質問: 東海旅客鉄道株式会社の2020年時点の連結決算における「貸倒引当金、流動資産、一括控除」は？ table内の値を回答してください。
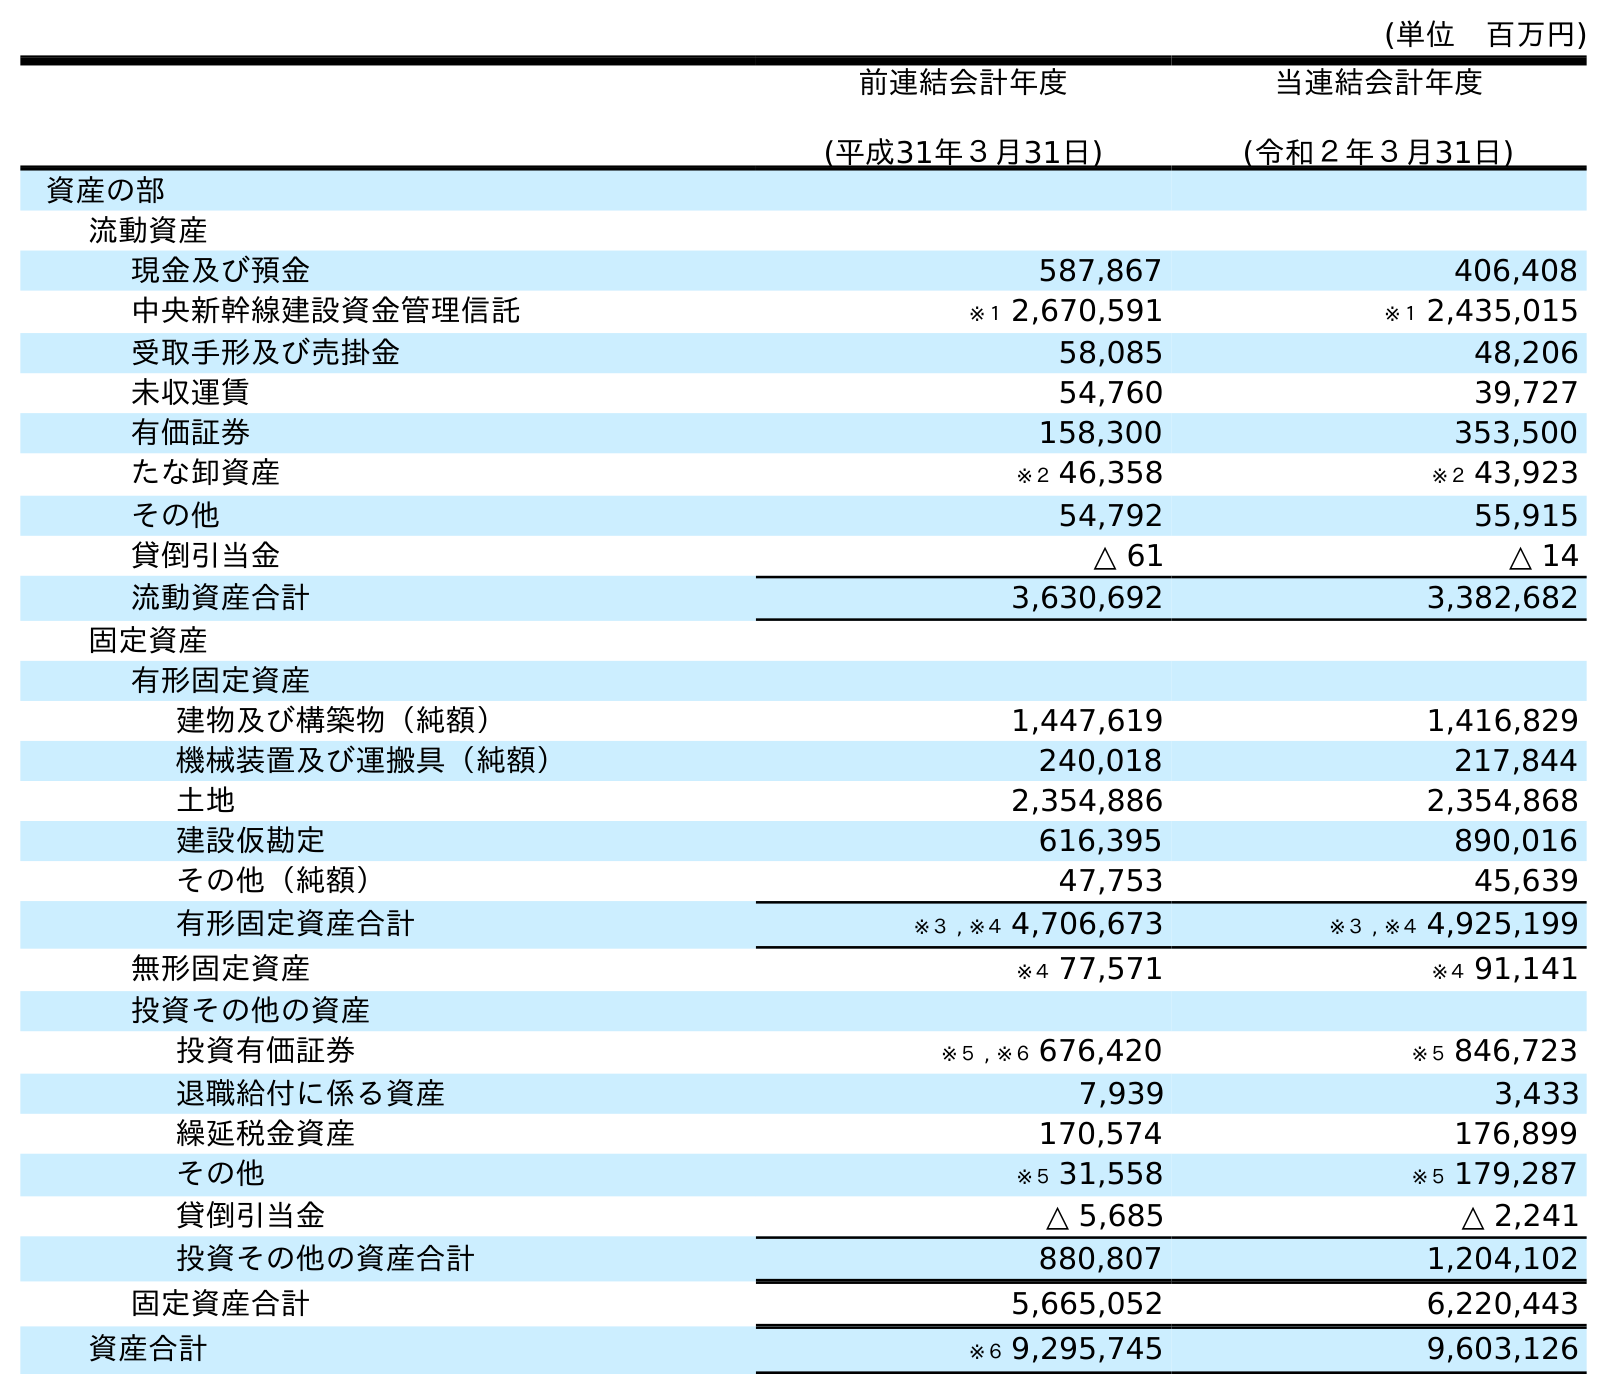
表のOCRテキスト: (単位 百万円) 前連結会計年度 (平成31年３月31日) 当連結会計年度 (令和２年３月31日) 資産の部 流動資産 現金及び預金 587,867 406,408 中央新幹線建設資金管理信託 ※１ 2,670,591 ※１ 2,435,015 受取手形及び売掛金 58,085 48,206 未収運賃 54,760 39,727 有価証券 158,300 353,500 たな卸資産 ※２ 46,358 ※２ 43,923 その他 54,792 55,915 貸倒引当金 △ 61 △ 14 流動資産合計 3,630,692 3,382,682 固定資産 有形固定資産 建物及び構築物（純額） 1,447,619 1,416,829 機械装置及び運搬具（純額） 240,018 217,844 土地 2,354,886 2,354,868 建設仮勘定 616,395 890,016 その他（純額） 47,753 45,639 有形固定資産合計 ※３ , ※４ 4,706,673 ※３ , ※４ 4,925,199 無形固定資産 ※４ 77,571 ※４ 91,141 投資その他の資産 投資有価証券 ※５ , ※６ 676,420 ※５ 846,723 退職給付に係る資産 7,939 3,433 繰延税金資産 170,574 176,899 その他 ※５ 31,558 ※５ 179,287 貸倒引当金 △ 5,685 △ 2,241 投資その他の資産合計 880,807 1,204,102 固定資産合計 5,665,052 6,220,443 資産合計 ※６ 9,295,745 9,603,126
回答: △14